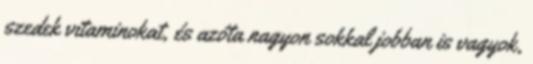
szedek vitaminokat, és azóta nagyon sokkal jobban is vagyok,